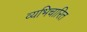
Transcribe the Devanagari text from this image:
व्यभिचारित